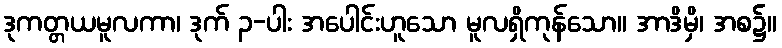
ဒုကတ္တယမူလကာ၊ ဒုက် ၃-ပါး အပေါင်းဟူသော မူလရှိကုန်သော။ အာဒိမှိ၊ အစ၌။